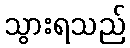
သွားရသည်